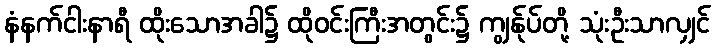
နံနက်ငါးနာရီ ထိုးသောအခါ၌ ထိုဝင်းကြီးအတွင်း၌ ကျွန်ုပ်တို့ သုံးဦးသာလျှင်